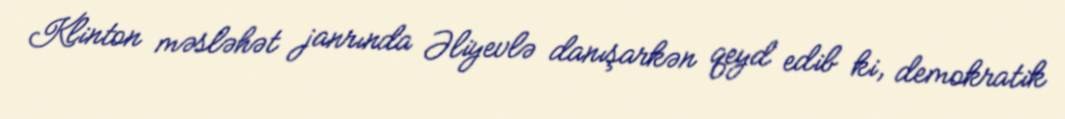
Klinton məsləhət janrında Əliyevlə danışarkən qeyd edib ki, demokratik